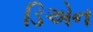
ડિએન